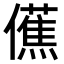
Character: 𫣾